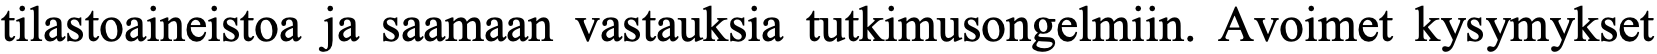
tilastoaineistoa ja saamaan vastauksia tutkimusongelmiin. Avoimet kysymykset